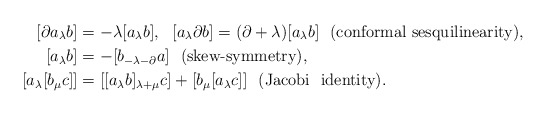
\begin{align*}[\partial a_\lambda b]&=-\lambda[a_\lambda b],\ \ [ a_\lambda \partial b]=(\partial+\lambda)[a_\lambda b] \ \ \mbox{(conformal\ sesquilinearity)},\\{[a_\lambda b]} &= -[b_{-\lambda-\partial}a] \ \ \mbox{(skew-symmetry)},\\{[a_\lambda[b_\mu c]]}&=[[a_\lambda b]_{\lambda+\mu}c]+[b_\mu[a_\lambda c]]\ \ \mbox{(Jacobi \ identity)}.\end{align*}